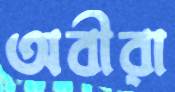
অবীরা